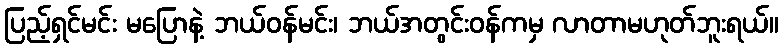
ပြည့်ရှင်မင်း မပြောနဲ့ ဘယ်ဝန်မင်း၊ ဘယ်အတွင်းဝန်ကမှ လာတာမဟုတ်ဘူးရယ်။